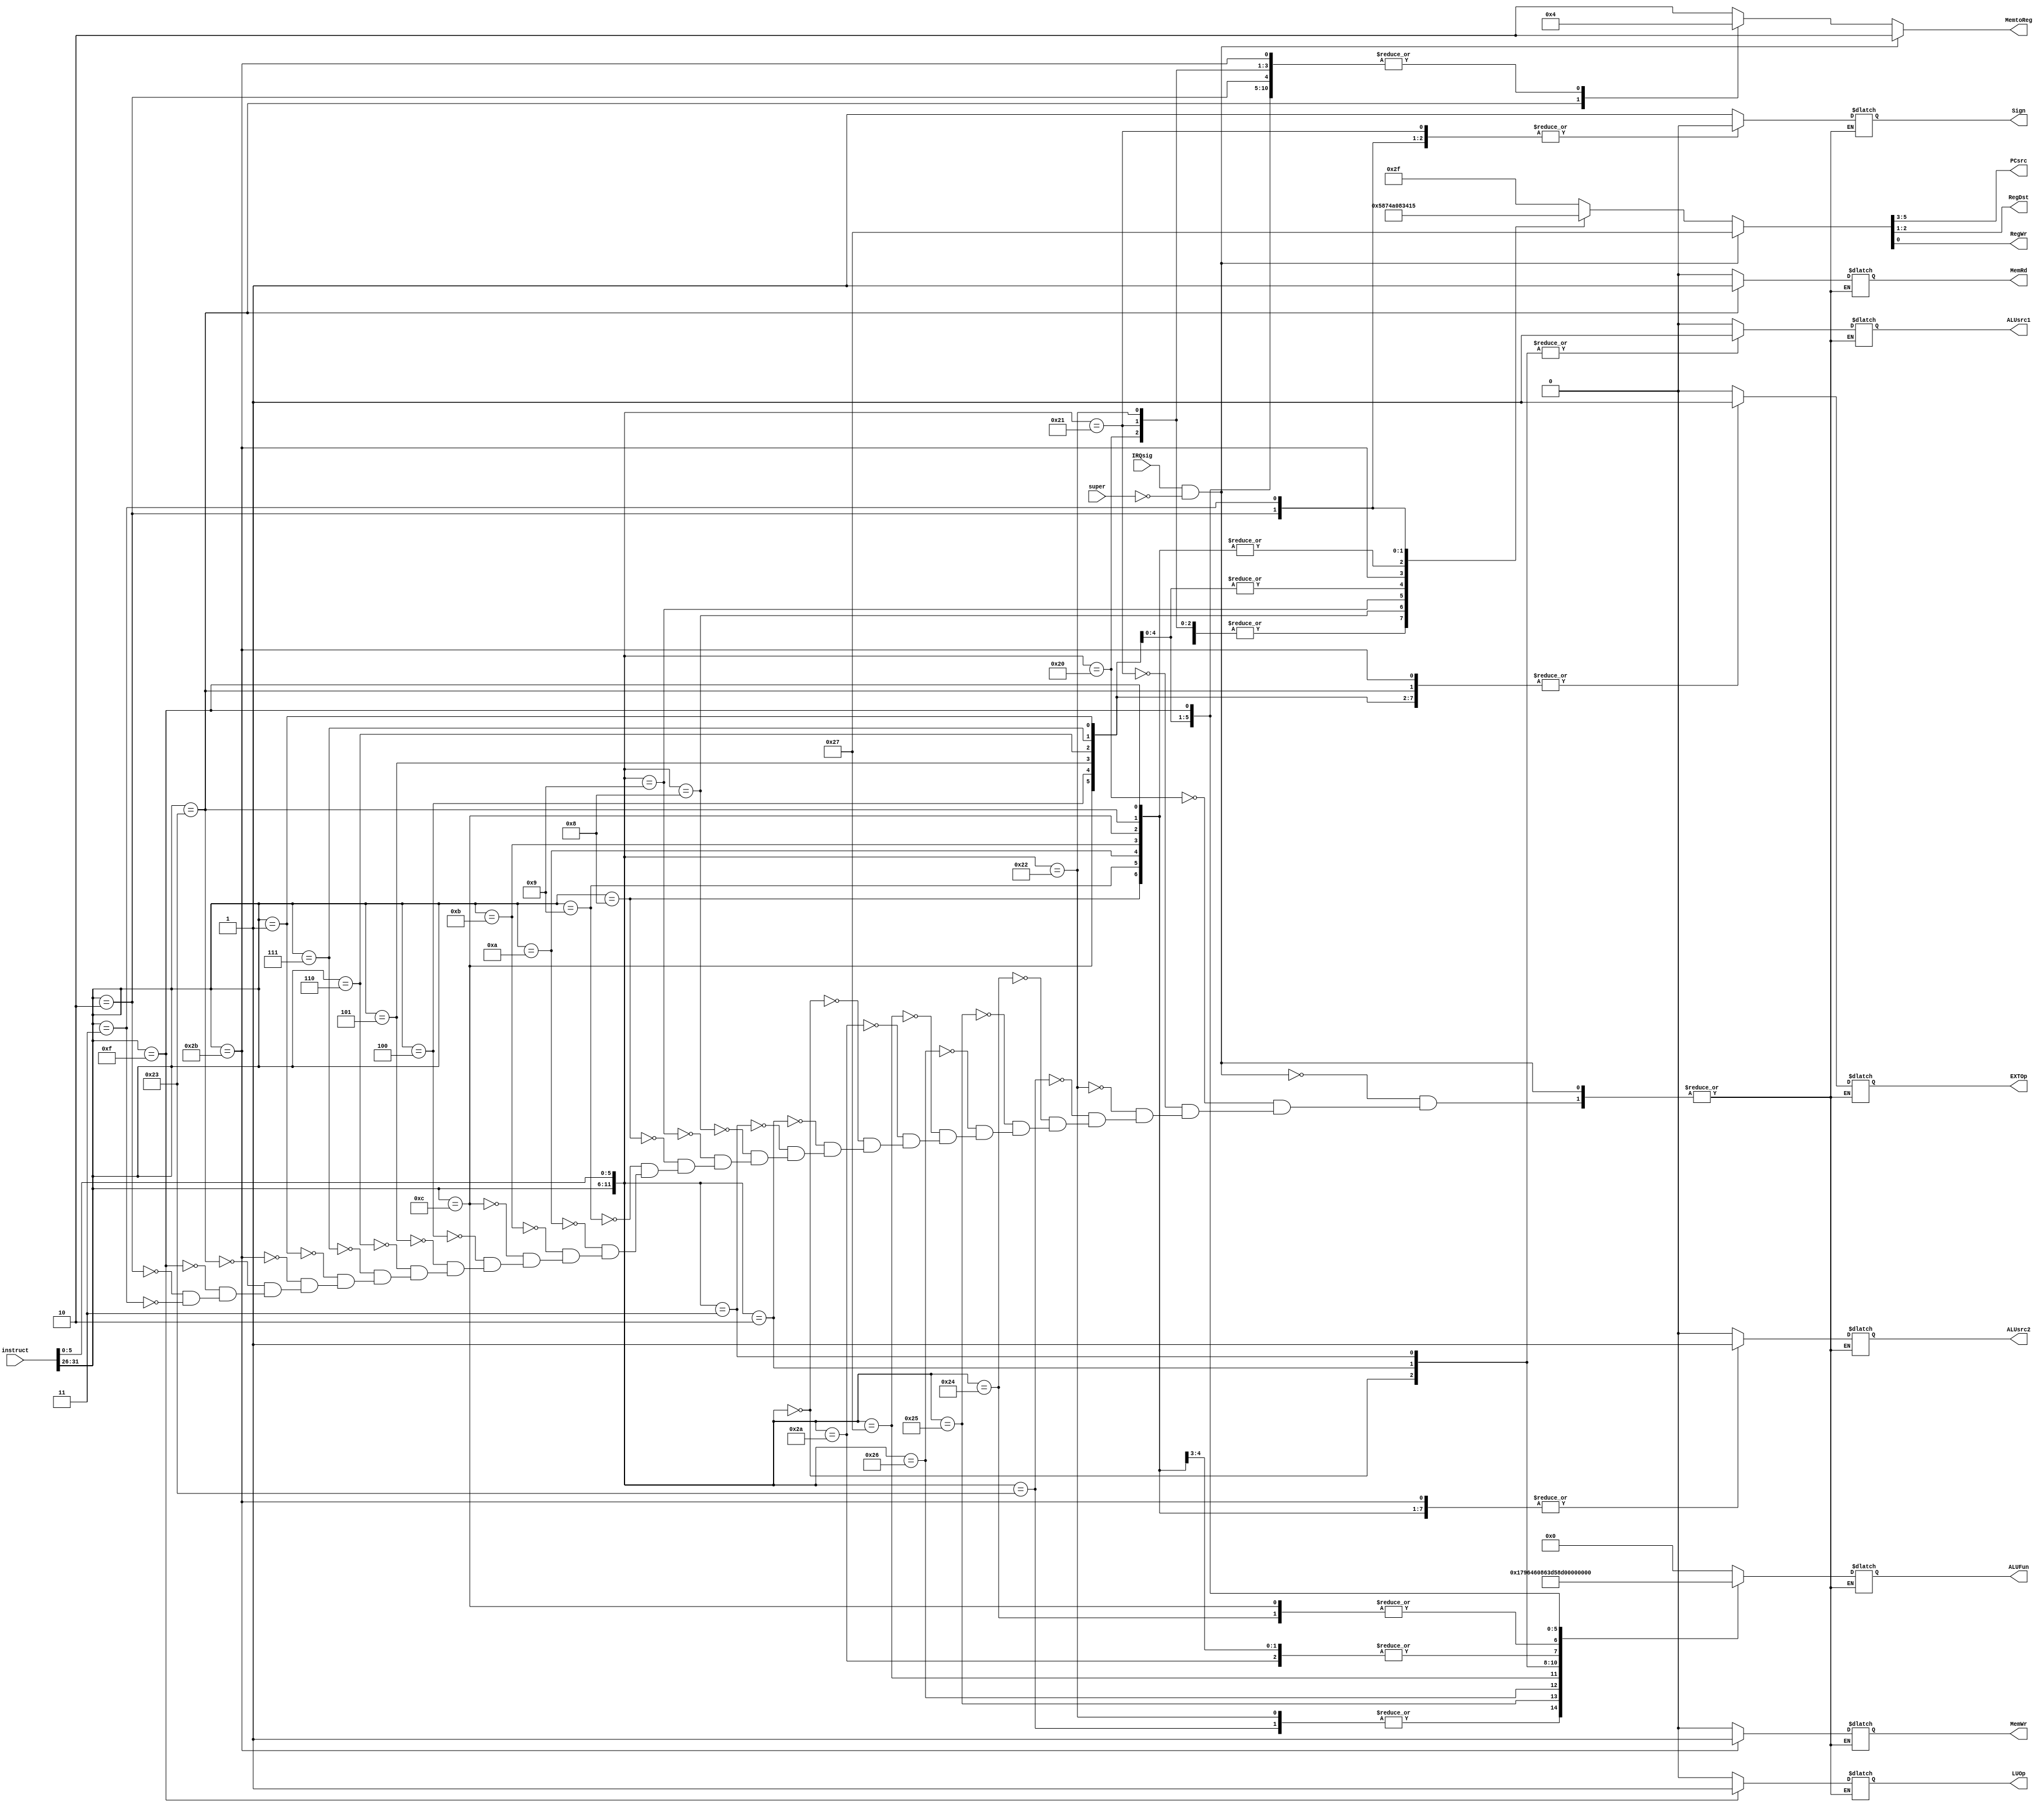
/* Main Control Unit of single-cycle datapath
 *
 *
 */



module ControlUnit(input [31:0] instruct,
					input IRQsig,
					input super, // super == PC[31]
					output reg[2:0] PCsrc,
					output reg[1:0] RegDst, MemtoReg,
					output reg[5:0] ALUFun,
					output reg Sign, ALUsrc1, ALUsrc2,
					output reg RegWr, MemWr, MemRd,
					output reg EXTOp, LUOp);

	/*assign isRType = (op == 0);
	assign isIType = (op >= 4 && op < 13) || op == 1 || op == 15 || op == 35 || op == 43;
	assign isJType = (op == 2 || op == 3);

	assign PCsrc[0] = (isRType && (func == 8 || func == 9))\
						|| (op < 8 && op >= 4) || op == 1;
	assign PCsrc[1] = (isRType && (func == 8 || func == 9))\
						|| isJType;
	*/

	always @(*)
		begin
		if (IRQsig && !super)
			{PCsrc, RegDst, RegWr, MemtoReg} <= {3'h4, 2'h3, 1'h1, 2'h2};
		else
			casez ({instruct[31:26],instruct[5:0]})
				12'b000000100000: {PCsrc, RegDst, RegWr, ALUsrc1, ALUsrc2, ALUFun, Sign, MemWr, MemRd, MemtoReg, EXTOp, LUOp} <= {3'h0, 2'h0, 1'h1, 1'h0, 1'h0, 6'b000000, 1'h1, 1'h0, 1'h0, 2'h0, 1'h0, 1'h0};
				12'b000000100001: {PCsrc, RegDst, RegWr, ALUsrc1, ALUsrc2, ALUFun, Sign, MemWr, MemRd, MemtoReg, EXTOp, LUOp} <= {3'h0, 2'h0, 1'h1, 1'h0, 1'h0, 6'b000000, 1'h0, 1'h0, 1'h0, 2'h0, 1'h0, 1'h0};
				12'b000000100010: {PCsrc, RegDst, RegWr, ALUsrc1, ALUsrc2, ALUFun, Sign, MemWr, MemRd, MemtoReg, EXTOp, LUOp} <= {3'h0, 2'h0, 1'h1, 1'h0, 1'h0, 6'b000001, 1'h1, 1'h0, 1'h0, 2'h0, 1'h0, 1'h0};
				12'b000000100011: {PCsrc, RegDst, RegWr, ALUsrc1, ALUsrc2, ALUFun, Sign, MemWr, MemRd, MemtoReg, EXTOp, LUOp} <= {3'h0, 2'h0, 1'h1, 1'h0, 1'h0, 6'b000001, 1'h0, 1'h0, 1'h0, 2'h0, 1'h0, 1'h0};
				12'b000000100100: {PCsrc, RegDst, RegWr, ALUsrc1, ALUsrc2, ALUFun, Sign, MemWr, MemRd, MemtoReg, EXTOp, LUOp} <= {3'h0, 2'h0, 1'h1, 1'h0, 1'h0, 6'b011000, 1'h0, 1'h0, 1'h0, 2'h0, 1'h0, 1'h0};
				12'b000000100101: {PCsrc, RegDst, RegWr, ALUsrc1, ALUsrc2, ALUFun, Sign, MemWr, MemRd, MemtoReg, EXTOp, LUOp} <= {3'h0, 2'h0, 1'h1, 1'h0, 1'h0, 6'b011110, 1'h0, 1'h0, 1'h0, 2'h0, 1'h0, 1'h0};
				12'b000000100110: {PCsrc, RegDst, RegWr, ALUsrc1, ALUsrc2, ALUFun, Sign, MemWr, MemRd, MemtoReg, EXTOp, LUOp} <= {3'h0, 2'h0, 1'h1, 1'h0, 1'h0, 6'b010110, 1'h0, 1'h0, 1'h0, 2'h0, 1'h0, 1'h0};
				12'b000000100111: {PCsrc, RegDst, RegWr, ALUsrc1, ALUsrc2, ALUFun, Sign, MemWr, MemRd, MemtoReg, EXTOp, LUOp} <= {3'h0, 2'h0, 1'h1, 1'h0, 1'h0, 6'b010001, 1'h0, 1'h0, 1'h0, 2'h0, 1'h0, 1'h0};
				12'b000000101010: {PCsrc, RegDst, RegWr, ALUsrc1, ALUsrc2, ALUFun, Sign, MemWr, MemRd, MemtoReg, EXTOp, LUOp} <= {3'h0, 2'h0, 1'h1, 1'h0, 1'h0, 6'b110101, 1'h0, 1'h0, 1'h0, 2'h0, 1'h0, 1'h0};
				12'b000000000000: {PCsrc, RegDst, RegWr, ALUsrc1, ALUsrc2, ALUFun, Sign, MemWr, MemRd, MemtoReg, EXTOp, LUOp} <= {3'h0, 2'h0, 1'h1, 1'h1, 1'h0, 6'b100000, 1'h0, 1'h0, 1'h0, 2'h0, 1'h0, 1'h0};
				12'b000000000010: {PCsrc, RegDst, RegWr, ALUsrc1, ALUsrc2, ALUFun, Sign, MemWr, MemRd, MemtoReg, EXTOp, LUOp} <= {3'h0, 2'h0, 1'h1, 1'h1, 1'h0, 6'b100001, 1'h0, 1'h0, 1'h0, 2'h0, 1'h0, 1'h0};
				12'b000000000011: {PCsrc, RegDst, RegWr, ALUsrc1, ALUsrc2, ALUFun, Sign, MemWr, MemRd, MemtoReg, EXTOp, LUOp} <= {3'h0, 2'h0, 1'h1, 1'h1, 1'h0, 6'b100011, 1'h0, 1'h0, 1'h0, 2'h0, 1'h0, 1'h0};
				12'b000000001000: {PCsrc, RegDst, RegWr, ALUsrc1, ALUsrc2, ALUFun, Sign, MemWr, MemRd, MemtoReg, EXTOp, LUOp} <= {3'h3, 2'h0, 1'h0, 1'h0, 1'h0, 6'b000000, 1'h0, 1'h0, 1'h0, 2'h0, 1'h0, 1'h0};
				12'b000000001001: {PCsrc, RegDst, RegWr, ALUsrc1, ALUsrc2, ALUFun, Sign, MemWr, MemRd, MemtoReg, EXTOp, LUOp} <= {3'h3, 2'h2, 1'h1, 1'h0, 1'h0, 6'b000000, 1'h0, 1'h0, 1'h0, 2'h2, 1'h0, 1'h0};
				12'b001000??????: {PCsrc, RegDst, RegWr, ALUsrc1, ALUsrc2, ALUFun, Sign, MemWr, MemRd, MemtoReg, EXTOp, LUOp} <= {3'h0, 2'h1, 1'h1, 1'h0, 1'h1, 6'b000000, 1'h1, 1'h0, 1'h0, 2'h0, 1'h1, 1'h0};
				12'b001001??????: {PCsrc, RegDst, RegWr, ALUsrc1, ALUsrc2, ALUFun, Sign, MemWr, MemRd, MemtoReg, EXTOp, LUOp} <= {3'h0, 2'h1, 1'h1, 1'h0, 1'h1, 6'b000000, 1'h0, 1'h0, 1'h0, 2'h0, 1'h0, 1'h0};
				12'b001010??????: {PCsrc, RegDst, RegWr, ALUsrc1, ALUsrc2, ALUFun, Sign, MemWr, MemRd, MemtoReg, EXTOp, LUOp} <= {3'h0, 2'h1, 1'h1, 1'h0, 1'h1, 6'b110101, 1'h1, 1'h0, 1'h0, 2'h0, 1'h1, 1'h0};
				12'b001011??????: {PCsrc, RegDst, RegWr, ALUsrc1, ALUsrc2, ALUFun, Sign, MemWr, MemRd, MemtoReg, EXTOp, LUOp} <= {3'h0, 2'h1, 1'h1, 1'h0, 1'h1, 6'b110101, 1'h0, 1'h0, 1'h0, 2'h0, 1'h0, 1'h0};
				12'b001100??????: {PCsrc, RegDst, RegWr, ALUsrc1, ALUsrc2, ALUFun, Sign, MemWr, MemRd, MemtoReg, EXTOp, LUOp} <= {3'h0, 2'h1, 1'h1, 1'h0, 1'h1, 6'b011000, 1'h0, 1'h0, 1'h0, 2'h0, 1'h1, 1'h0};
				12'b000100??????: {PCsrc, RegDst, RegWr, ALUsrc1, ALUsrc2, ALUFun, Sign, MemWr, MemRd, MemtoReg, EXTOp, LUOp} <= {3'h1, 2'h1, 1'h0, 1'h0, 1'h0, 6'b110011, 1'h1, 1'h0, 1'h0, 2'h0, 1'h1, 1'h0};
				12'b000101??????: {PCsrc, RegDst, RegWr, ALUsrc1, ALUsrc2, ALUFun, Sign, MemWr, MemRd, MemtoReg, EXTOp, LUOp} <= {3'h1, 2'h1, 1'h0, 1'h0, 1'h0, 6'b110001, 1'h1, 1'h0, 1'h0, 2'h0, 1'h1, 1'h0};
				12'b000110??????: {PCsrc, RegDst, RegWr, ALUsrc1, ALUsrc2, ALUFun, Sign, MemWr, MemRd, MemtoReg, EXTOp, LUOp} <= {3'h1, 2'h1, 1'h0, 1'h0, 1'h0, 6'b111101, 1'h1, 1'h0, 1'h0, 2'h0, 1'h1, 1'h0};
				12'b000111??????: {PCsrc, RegDst, RegWr, ALUsrc1, ALUsrc2, ALUFun, Sign, MemWr, MemRd, MemtoReg, EXTOp, LUOp} <= {3'h1, 2'h1, 1'h0, 1'h0, 1'h0, 6'b111111, 1'h1, 1'h0, 1'h0, 2'h0, 1'h1, 1'h0};
				12'b000001??????: {PCsrc, RegDst, RegWr, ALUsrc1, ALUsrc2, ALUFun, Sign, MemWr, MemRd, MemtoReg, EXTOp, LUOp} <= {3'h1, 2'h1, 1'h0, 1'h0, 1'h0, 6'b111001, 1'h1, 1'h0, 1'h0, 2'h0, 1'h1, 1'h0};
				12'b101011??????: {PCsrc, RegDst, RegWr, ALUsrc1, ALUsrc2, ALUFun, Sign, MemWr, MemRd, MemtoReg, EXTOp, LUOp} <= {3'h0, 2'h1, 1'h0, 1'h0, 1'h1, 6'b000000, 1'h1, 1'h1, 1'h0, 2'h0, 1'h1, 1'h0};
				12'b100011??????: {PCsrc, RegDst, RegWr, ALUsrc1, ALUsrc2, ALUFun, Sign, MemWr, MemRd, MemtoReg, EXTOp, LUOp} <= {3'h0, 2'h1, 1'h1, 1'h0, 1'h1, 6'b000000, 1'h1, 1'h0, 1'h1, 2'h1, 1'h1, 1'h0};
				12'b001111??????: {PCsrc, RegDst, RegWr, ALUsrc1, ALUsrc2, ALUFun, Sign, MemWr, MemRd, MemtoReg, EXTOp, LUOp} <= {3'h0, 2'h1, 1'h1, 1'h0, 1'h1, 6'b011010, 1'h0, 1'h0, 1'h0, 2'h0, 1'h0, 1'h1};
				12'b000010??????: {PCsrc, RegDst, RegWr, ALUsrc1, ALUsrc2, ALUFun, Sign, MemWr, MemRd, MemtoReg, EXTOp, LUOp} <= {3'h2, 2'h0, 1'h0, 1'h0, 1'h0, 6'b000000, 1'h0, 1'h0, 1'h0, 2'h0, 1'h0, 1'h0};
				12'b000011??????: {PCsrc, RegDst, RegWr, ALUsrc1, ALUsrc2, ALUFun, Sign, MemWr, MemRd, MemtoReg, EXTOp, LUOp} <= {3'h2, 2'h2, 1'h1, 1'h0, 1'h0, 6'b000000, 1'h0, 1'h0, 1'h0, 2'h2, 1'h0, 1'h0};
				default: {PCsrc, RegDst, RegWr, MemtoReg} <= {3'h5, 2'h3, 1'h1, 2'h2}; //How about exception in Kernel mode
			endcase
		end
 
endmodule